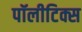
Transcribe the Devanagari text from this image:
पॉलीटिक्स